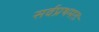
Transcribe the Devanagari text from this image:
सर्वप्रथमतः